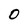
Character: O